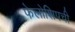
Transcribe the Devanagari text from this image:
फेलोशिपची